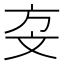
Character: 𣁅